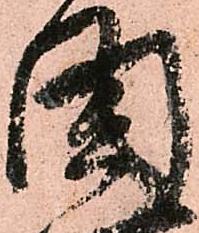
閣